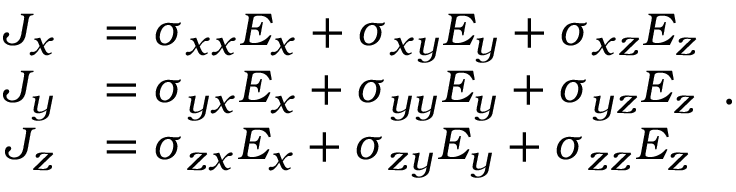
{ \begin{array} { r l } { J _ { x } } & { = \sigma _ { x x } E _ { x } + \sigma _ { x y } E _ { y } + \sigma _ { x z } E _ { z } } \\ { J _ { y } } & { = \sigma _ { y x } E _ { x } + \sigma _ { y y } E _ { y } + \sigma _ { y z } E _ { z } } \\ { J _ { z } } & { = \sigma _ { z x } E _ { x } + \sigma _ { z y } E _ { y } + \sigma _ { z z } E _ { z } } \end{array} } .